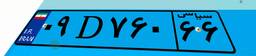
۰۹D۷۶۰۶۶